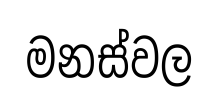
මනස්වල